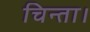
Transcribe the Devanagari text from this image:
चिन्ता।